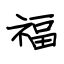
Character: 福